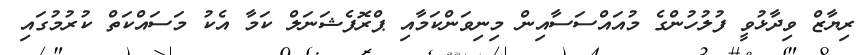
ރިޔާޒް ވިދާޅުވީ ފުލުހުންގެ މުއައްސަސާއިން މިނިވަންކަމާއި ޕްރޮފެޝަނަލް ކަމާ އެކު މަސައްކަތް ކުރުމުގައި